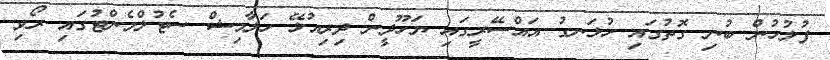
ފުލުހުން ބުނި ގޮތުގައި ހުޅަނގު އައްސޭރީގައި ޔަހޫދީން ދިރިއުޅޭ ހަލާމިޝް ސެޓުލްމެންޓުގައި ރޯވި